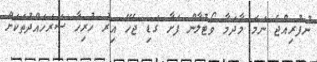
ނުފުރިއްޖެ ނަމަ މާދަމާ ވޯޓުލާން ފަށާ ގަޑި ޖެހޭ އިރު ހުރިހާ ސަރަހައްދުތަކަށް